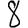
Digit: 8